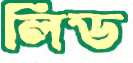
লিড